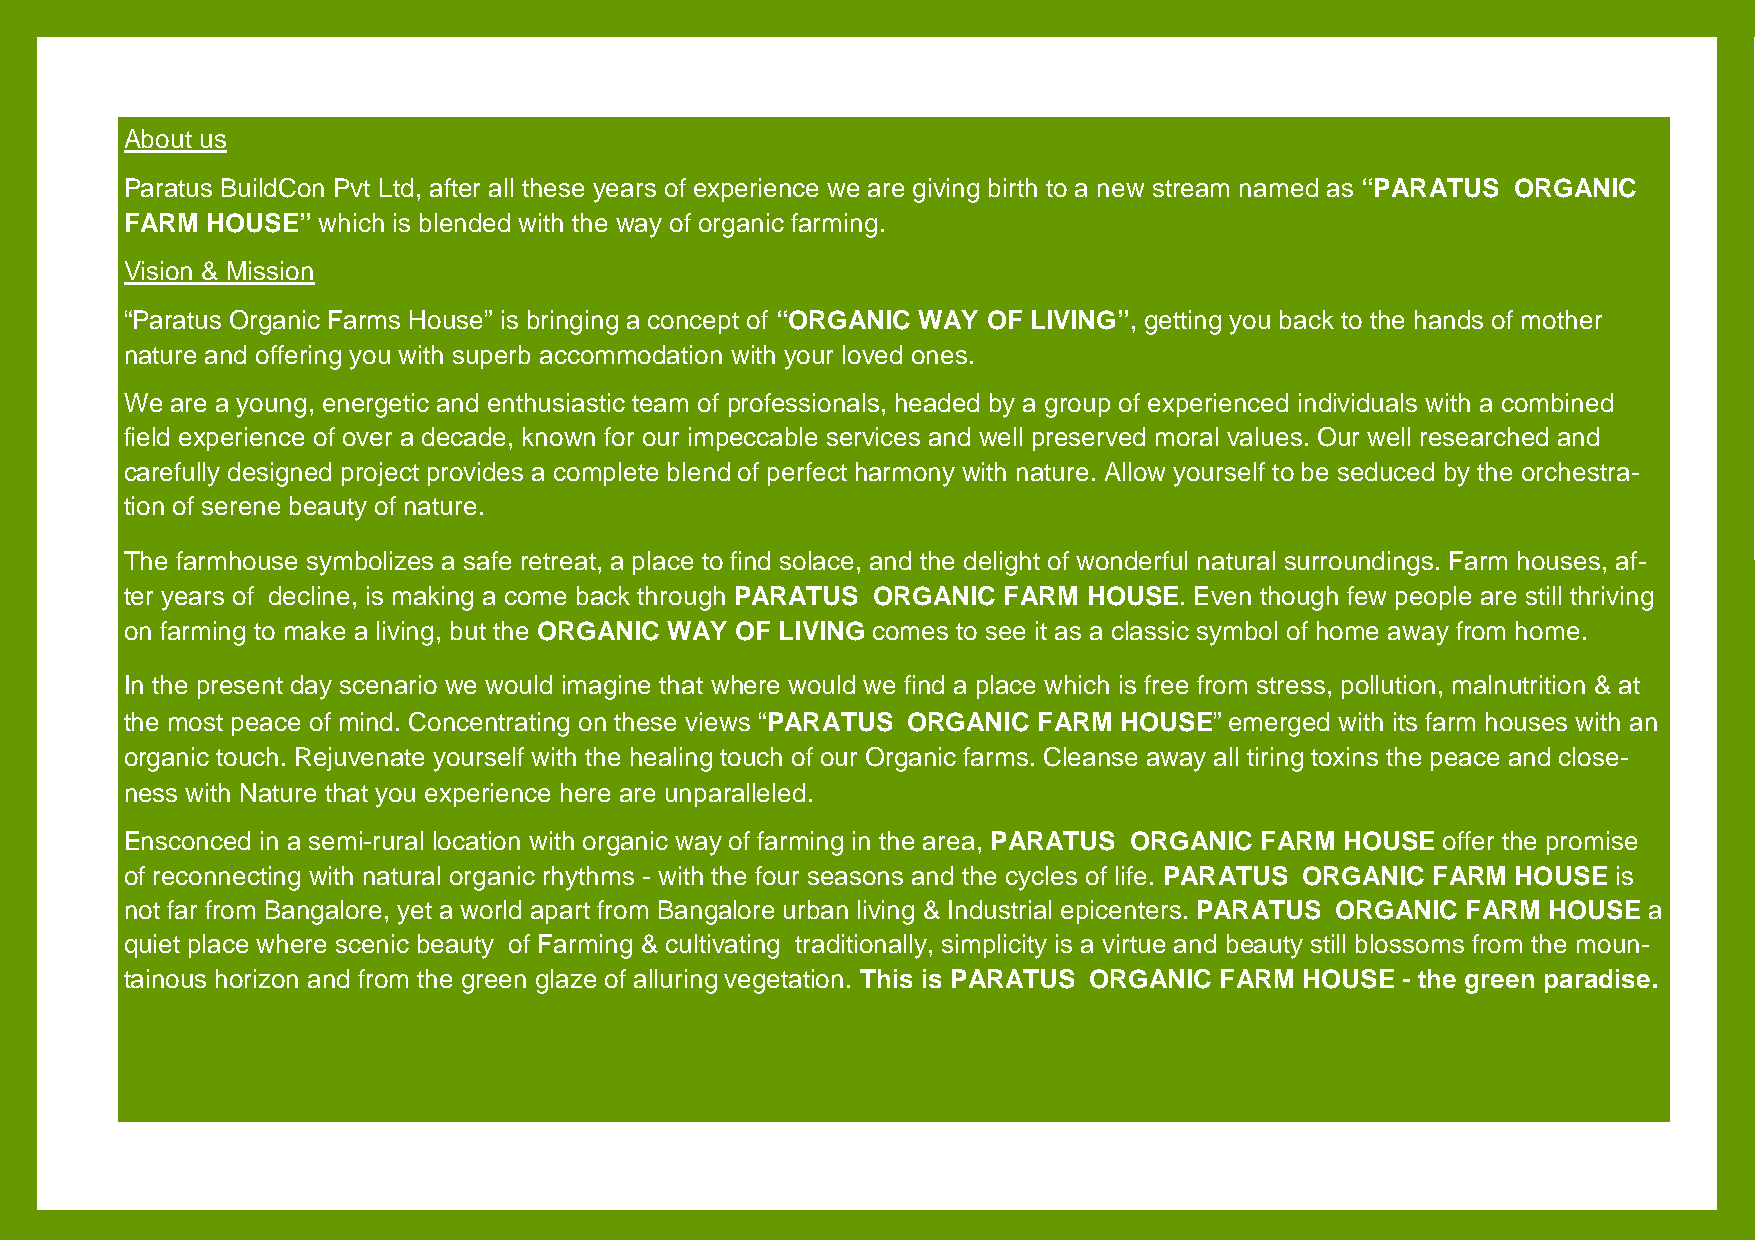
About us
 Paratus BuildCon Pvt Ltd, after all these years of experience we are giving birth to a new stream named as “PARATUS ORGANIC
 FARM  HOUSE” which is blended with the way of organic farming.
 Vision & Mission
 “Paratus Organic Farms House” is bringing a concept of “ORGANIC WAY OF LIVING”, getting you back to the hands of mother
 nature and offering you with superb accommodation with your loved ones.
 We are a young, energetic and enthusiastic team of professionals, headed by a group of experienced individuals with a combined
 field experience of over a decade, known for our impeccable services and well preserved moral values. Our well researched and
 carefully designed project provides a complete blend of perfect harmony with nature. Allow yourself to be seduced by the orchestra-
 tion of serene beauty of nature.
 The farmhouse symbolizes a safe retreat, a place to find solace, and the delight of wonderful natural surroundings. Farm houses, af-
 ter years of decline, is making a come back through PARATUS ORGANIC FARM HOUSE. Even though few people are still thriving
 on farming to make a living, but the ORGANIC WAY OF LIVING comes to see it as a classic symbol of home away from home.
 In the present day scenario we would imagine that where would we find a place which is free from stress, pollution, malnutrition & at
 the most peace of mind. Concentrating on these views “PARATUS ORGANIC FARM HOUSE” emerged with its farm houses with an
 organic touch. Rejuvenate yourself with the healing touch of our Organic farms. Cleanse away all tiring toxins the peace and close-
 ness with Nature that you experience here are unparalleled.
 Ensconced in a semi-rural location with organic way of farming in the area, PARATUS ORGANIC FARM HOUSE offer the promise
 of reconnecting with natural organic rhythms - with the four seasons and the cycles of life. PARATUS ORGANIC FARM HOUSE is
 not far from Bangalore, yet a world apart from Bangalore urban living & Industrial epicenters. PARATUS ORGANIC FARM HOUSE a
 quiet place where scenic beauty of Farming & cultivating traditionally, simplicity is a virtue and beauty still blossoms from the moun-
 tainous horizon and from the green glaze of alluring vegetation. This is PARATUS ORGANIC FARM HOUSE - the green paradise.